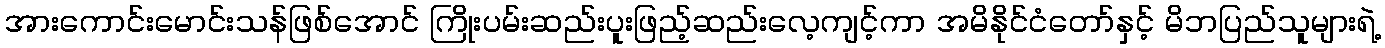
အားကောင်းမောင်းသန်ဖြစ်အောင် ကြိုးပမ်းဆည်းပူးဖြည့်ဆည်းလေ့ကျင့်ကာ အမိနိုင်ငံတော်နှင့် မိဘပြည်သူများရဲ့